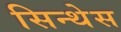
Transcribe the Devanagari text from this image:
सिन्थेस